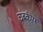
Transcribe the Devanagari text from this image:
चंबकीय